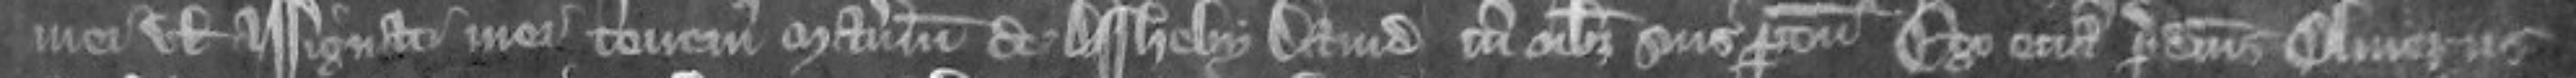
mei vel assignati mei tenemus manerium de Assheby David cum omnibus suis pertinenciis Ego etiam predictus Oliverus